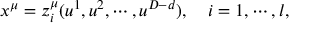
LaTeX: x ^ { \mu } = z _ { i } ^ { \mu } ( u ^ { 1 } , u ^ { 2 } , \cdots , u ^ { D - d } ) , \quad i = 1 , \cdots , l ,